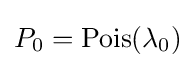
P_{0}=\operatorname {Pois} (\lambda _{0})